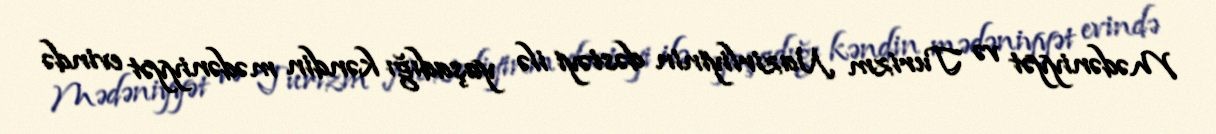
Mədəniyyət və Turizm Nazirliyinin dəstəyi ilə yaşadığı kəndin mədəniyyət evində